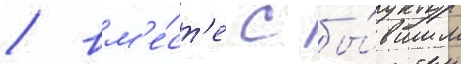
/ вм'е́ст'е с бы́вшим